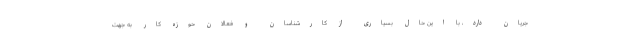
جریان دارد، با این حال بسیاری از کارشناسان و فعالان حوزه کار به جهت